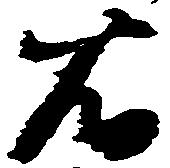
右